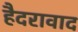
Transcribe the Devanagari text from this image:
हैदरावाद